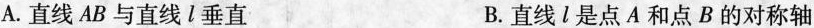
A.直线AB与直线l垂直 B.直线l是点A和点B的对称轴